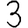
Digit: 3